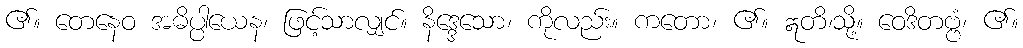
၏။ တေနေဝ အဓိပ္ပါယေန၊ ဖြင့်သာလျှင်။ နိဒ္ဒေသော၊ ကိုလည်း။ ကတော၊ ၏။ ဣတိ၊သို့။ ဝေဒိတဗ္ဗံ၊ ၏။